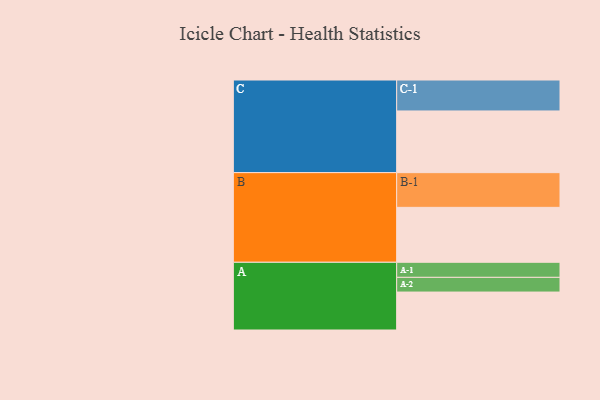
{"axis": {"x": "Segment", "y": "Value"}, "legend": ["", "A", "B", "C"], "data": [{"x": "A", "y": 315, "type": ""}, {"x": "B", "y": 456, "type": ""}, {"x": "C", "y": 512, "type": ""}, {"x": "A-1", "y": 125, "type": "A"}, {"x": "A-2", "y": 122, "type": "A"}, {"x": "B-1", "y": 288, "type": "B"}, {"x": "C-1", "y": 257, "type": "C"}]}